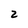
Character: 2